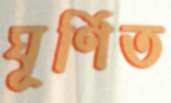
ঘূর্ণিত